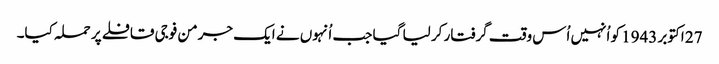
27 اکتوبر 1943 کو اُنہیں اُس وقت گرفتار کر لیا گیا جب اُنہوں نے ایک جرمن فوجی قافلے پر حملہ کیا۔